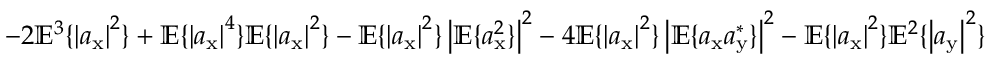
- 2 \mathbb { E } ^ { 3 } \{ \left| a _ { \mathrm { x } } \right| ^ { 2 } \} + \mathbb { E } \{ \left| a _ { \mathrm { x } } \right| ^ { 4 } \} \mathbb { E } \{ \left| a _ { \mathrm { x } } \right| ^ { 2 } \} - \mathbb { E } \{ \left| a _ { \mathrm { x } } \right| ^ { 2 } \} \left| \mathbb { E } \{ a _ { \mathrm { x } } ^ { 2 } \} \right| ^ { 2 } - 4 \mathbb { E } \{ \left| a _ { \mathrm { x } } \right| ^ { 2 } \} \left| \mathbb { E } \{ a _ { \mathrm { x } } a _ { \mathrm { y } } ^ { * } \} \right| ^ { 2 } - \mathbb { E } \{ \left| a _ { \mathrm { x } } \right| ^ { 2 } \} \mathbb { E } ^ { 2 } \{ \left| a _ { \mathrm { y } } \right| ^ { 2 } \}